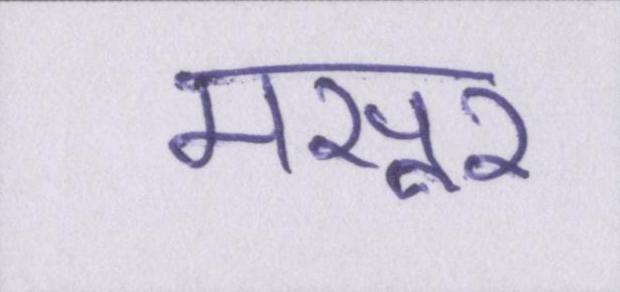
मसूर